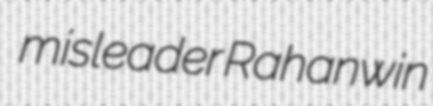
misleader Rahanwin